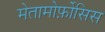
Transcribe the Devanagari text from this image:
मेतामोर्फ़ोसिस